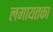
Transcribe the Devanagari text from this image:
लगायतका